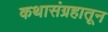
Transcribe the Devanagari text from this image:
कथासंग्रहातून